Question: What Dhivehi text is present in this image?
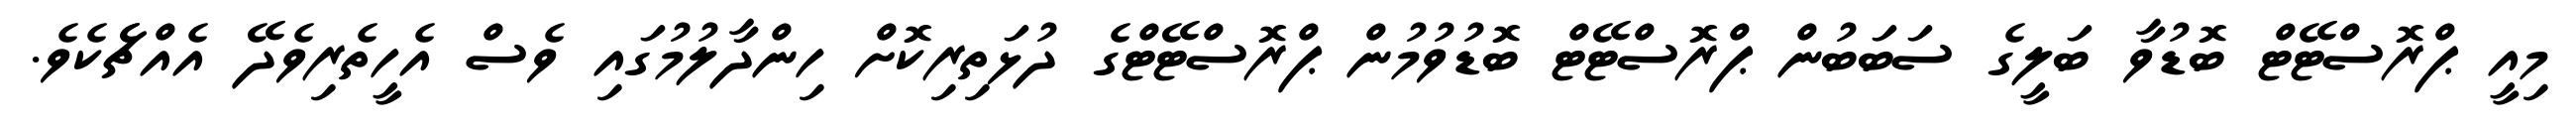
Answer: މިއީ ޕްރޮސްޓޭޓް ބޮޑުވާ ބަލީގެ ސަބަބުން ޕްރޮސްޓޭޓް ބޮޑުވުމުން ޕްރޮސްޓޭޓްގެ ދުޅަތިރިކޮށް ހިންދާލުމުގައި ވެސް އެހީތެރިވެދޭ އެއްޗެެކެވެ.